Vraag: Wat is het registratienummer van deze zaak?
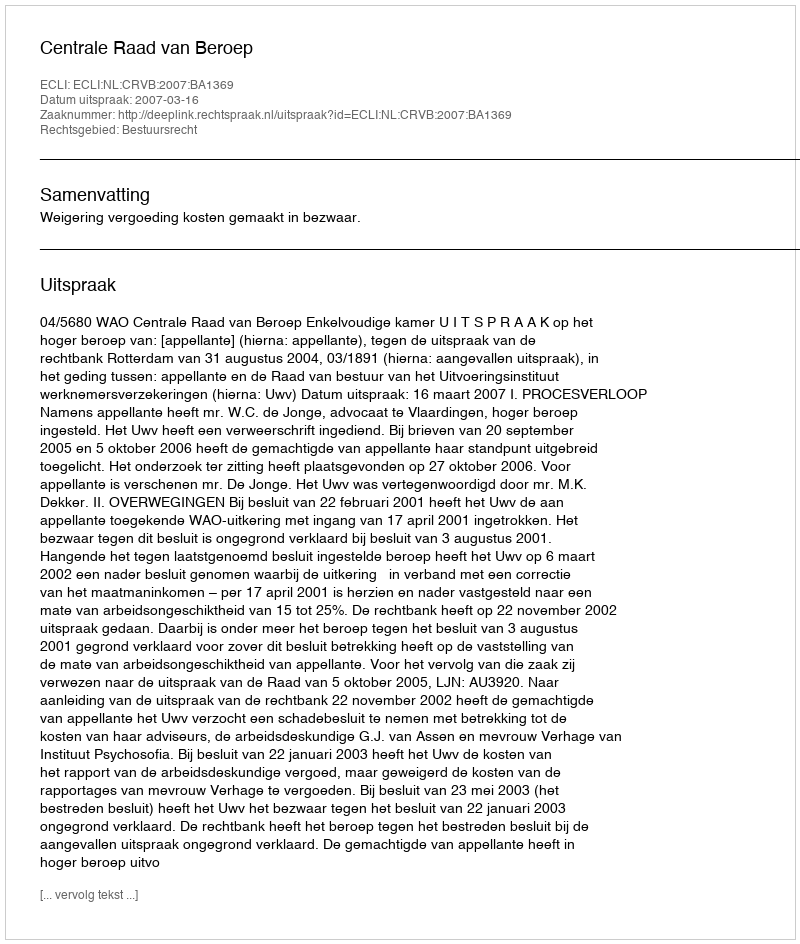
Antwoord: http://deeplink.rechtspraak.nl/uitspraak?id=ECLI:NL:CRVB:2007:BA1369